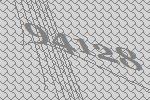
94128